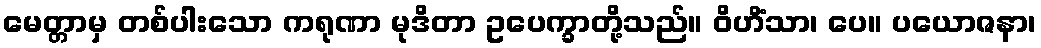
မေတ္တာမှ တစ်ပါးသော ကရုဏာ မုဒိတာ ဥပေက္ခာတို့သည်။ ဝိဟိံသာ၊ ပေ။ ပယောဇနာ၊